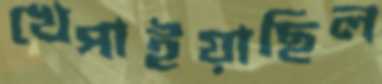
খেপাইয়াছিল